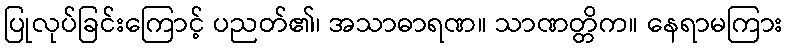
ပြုလုပ်ခြင်းကြောင့် ပညတ်၏၊ အသာဓာရဏ။ သာဏတ္တိက။ နေရာမကြား